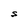
Character: S